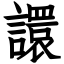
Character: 譞